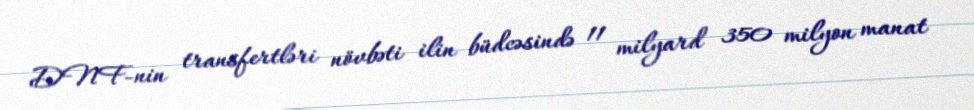
DNF-nin transfertləri növbəti ilin büdcəsində 11 milyard 350 milyon manat